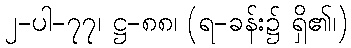
၂-ပါ-၇၇၊ ဋ္ဌ-၈၈၊ (ရ-ခန်း၌ ရှိ၏၊)